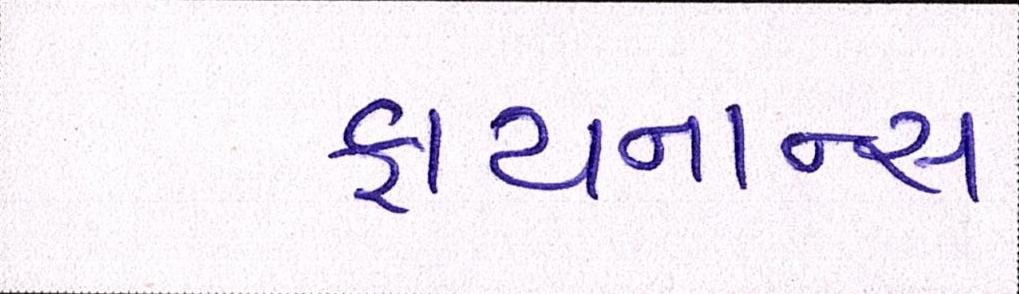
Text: ફાયનાન્સ